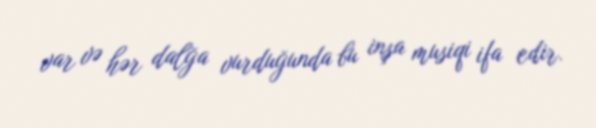
var və hər dalğa vurduğunda bu inşa musiqi ifa edir.